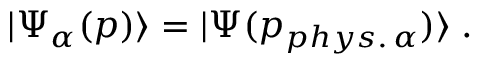
| \Psi _ { \alpha } ( p ) \rangle = | \Psi ( p _ { p h y s . \, \alpha } ) \rangle \; .